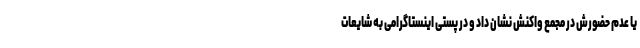
یا عدم حضورش در مجمع واکنش نشان داد و در پستی اینستاگرامی به شایعات